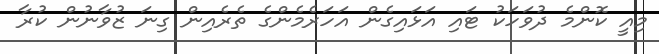
މިއީ ކޮންމެ ދުވަހަކު ޓައި އަޅައިގެން އަހަރެމެންގެ ތެރެއިން ގިނަ ޒުވާނުން ކުރާ